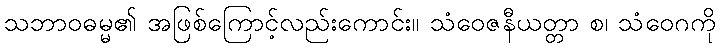
သဘာဝဓမ္မ၏ အဖြစ်ကြောင့်လည်းကောင်း။ သံဝေဇနီယတ္တာ စ၊ သံဝေဂကို